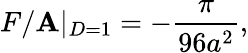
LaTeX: F/\mathbf{A}|_{D=1}=-{\frac{{\pi}}{{96a^{2}}}},